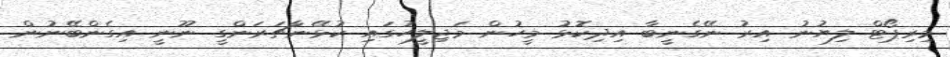
މިރިޕޯޓް ލިޔުނު އިރު ނޭގެނީބާ އިދިކޮޅު މީހުން މަޖިލީހުގައި ކުޅޭނާޗަރަންގީ ނޫނީ އިގެންބޭނުން